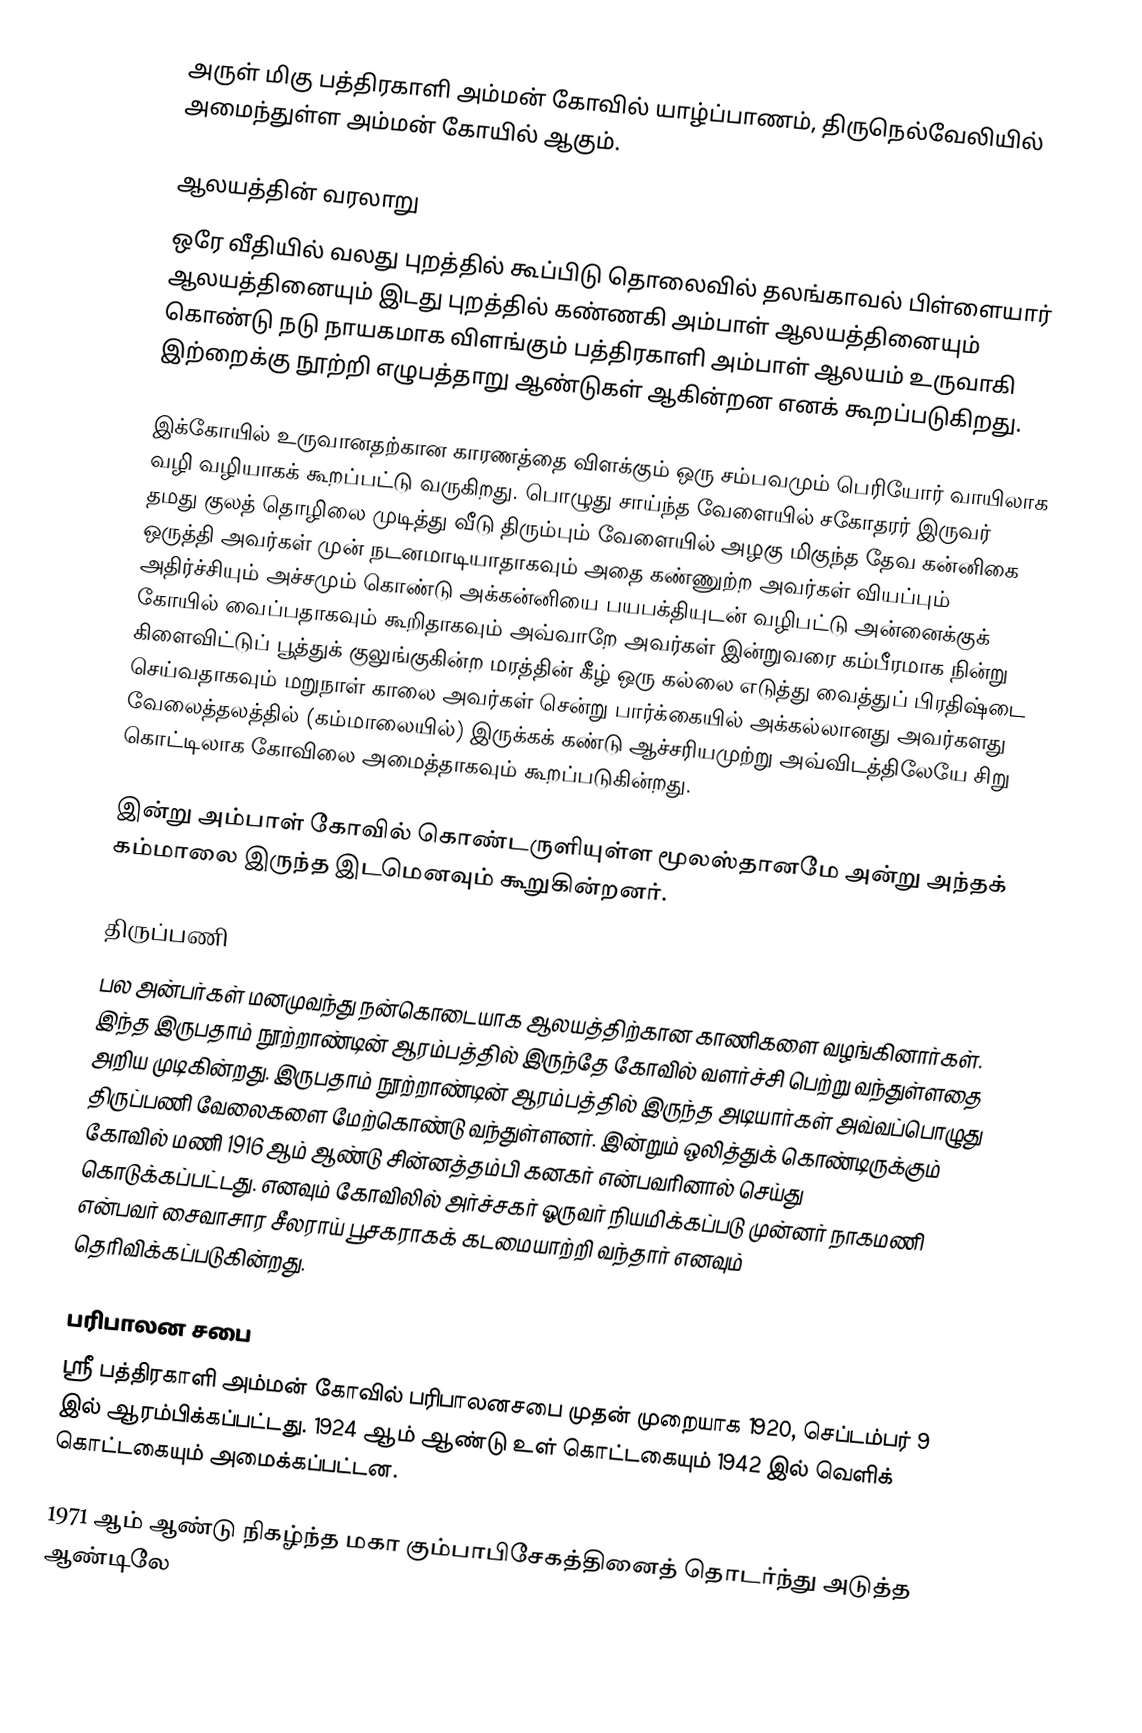
அருள் மிகு பத்திரகாளி அம்மன் கோவில் யாழ்ப்பாணம், திருநெல்வேலியில் அமைந்துள்ள அம்மன் கோயில் ஆகும்.

ஆலயத்தின் வரலாறு
ஒரே வீதியில் வலது புறத்தில் கூப்பிடு தொலைவில் தலங்காவல் பிள்ளையார் ஆலயத்தினையும் இடது புறத்தில் கண்ணகி அம்பாள் ஆலயத்தினையும் கொண்டு நடு நாயகமாக விளங்கும் பத்திரகாளி அம்பாள் ஆலயம் உருவாகி இற்றைக்கு நூற்றி எழுபத்தாறு ஆண்டுகள் ஆகின்றன எனக் கூறப்படுகிறது.

இக்கோயில் உருவானதற்கான காரணத்தை விளக்கும் ஒரு சம்பவமும் பெரியோர் வாயிலாக வழி வழியாகக் கூறப்பட்டு வருகிறது. பொழுது சாய்ந்த வேளையில் சகோதரர் இருவர் தமது குலத் தொழிலை முடித்து வீடு திரும்பும் வேளையில் அழகு மிகுந்த தேவ கன்னிகை ஒருத்தி அவர்கள் முன் நடனமாடியாதாகவும் அதை கண்ணுற்ற அவர்கள் வியப்பும் அதிர்ச்சியும் அச்சமும் கொண்டு அக்கன்னியை பயபக்தியுடன் வழிபட்டு அன்னைக்குக் கோயில் வைப்பதாகவும் கூறிதாகவும் அவ்வாறே அவர்கள் இன்றுவரை கம்பீரமாக நின்று கிளைவிட்டுப் பூத்துக் குலுங்குகின்ற மரத்தின் கீழ் ஒரு கல்லை எடுத்து வைத்துப் பிரதிஷ்டை செய்வதாகவும் மறுநாள் காலை அவர்கள் சென்று பார்க்கையில் அக்கல்லானது அவர்களது வேலைத்தலத்தில் (கம்மாலையில்) இருக்கக் கண்டு ஆச்சரியமுற்று அவ்விடத்திலேயே சிறு கொட்டிலாக கோவிலை அமைத்தாகவும் கூறப்படுகின்றது.

இன்று அம்பாள் கோவில் கொண்டருளியுள்ள மூலஸ்தானமே அன்று அந்தக் கம்மாலை இருந்த இடமெனவும் கூறுகின்றனர்.

திருப்பணி
பல அன்பர்கள் மனமுவந்து நன்கொடையாக ஆலயத்திற்கான காணிகளை வழங்கினார்கள். இந்த இருபதாம் நூற்றாண்டின் ஆரம்பத்தில் இருந்தே கோவில் வளர்ச்சி பெற்று வந்துள்ளதை அறிய முடிகின்றது. இருபதாம் நூற்றாண்டின் ஆரம்பத்தில் இருந்த அடியார்கள் அவ்வப்பொழுது திருப்பணி வேலைகளை மேற்கொண்டு வந்துள்ளனர். இன்றும் ஒலித்துக் கொண்டிருக்கும் கோவில் மணி 1916 ஆம் ஆண்டு சின்னத்தம்பி கனகர் என்பவரினால் செய்து கொடுக்கப்பட்டது. எனவும் கோவிலில் அர்ச்சகர் ஓருவர் நியமிக்கப்படு முன்னர் நாகமணி என்பவர் சைவாசார சீலராய் பூசகராகக் கடமையாற்றி வந்தார் எனவும் தெரிவிக்கப்படுகின்றது.

பரிபாலன சபை
ஸ்ரீ பத்திரகாளி அம்மன் கோவில் பரிபாலனசபை முதன் முறையாக 1920, செப்டம்பர் 9 இல் ஆரம்பிக்கப்பட்டது. 1924 ஆம் ஆண்டு உள் கொட்டகையும் 1942 இல் வெளிக் கொட்டகையும் அமைக்கப்பட்டன.

1971 ஆம் ஆண்டு நிகழ்ந்த மகா கும்பாபிசேகத்தினைத் தொடர்ந்து அடுத்த ஆண்டிலே